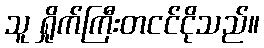
သူ ရှိုက်ကြီးတငင်ငိုသည်။